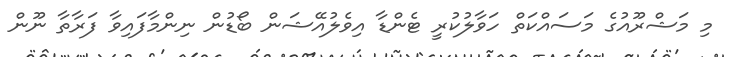
މި މަޝްރޫއުގެ މަސައްކަތް ހަވާލުކުރީ ޓެންޑާ އިވެލުއޭޝަން ބޯޑުން ނިންމާފައިވާ ފަރާތާ ނޫން